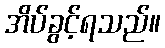
အိပ်ခွင့်ရသည်။